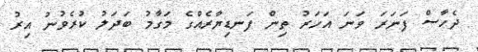
ދެހާސް ފަނަރަ ވަނަ އަހަރު ތިން ފަނޑިޔާރެއްގެ މަގާމު ބަދަލު ކުރެވުނު އިރު